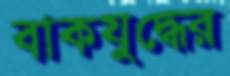
বাকযুদ্ধের